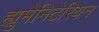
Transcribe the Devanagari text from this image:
ह्युमेनिटेरियन